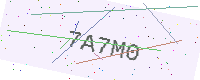
Text: 7A7M0